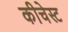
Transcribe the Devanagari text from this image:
कीचेस्ट